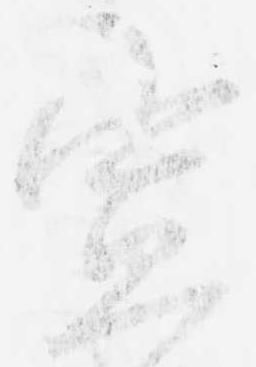
宣